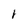
Character: i